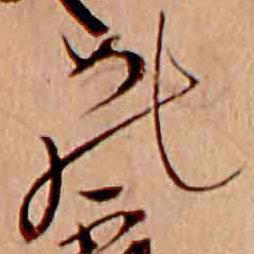
の